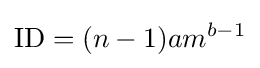
\mathrm {ID} =(n-1)am^{b-1}